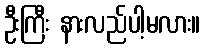
ဦးကြီး နားလည်ပါ့မလား။